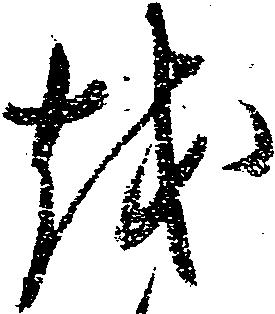
越